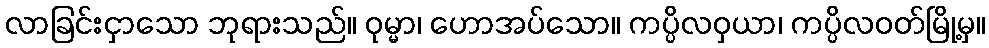
လာခြင်းငှာသော ဘုရားသည်။ ဝုမ္မာ၊ ဟောအပ်သော။ ကပ္ပိလဝှယာ၊ ကပ္ပိလဝတ်မြို့မှ။